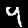
Digit: 9